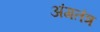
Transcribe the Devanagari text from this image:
अंगतंत्र